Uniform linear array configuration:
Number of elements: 4
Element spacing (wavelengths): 1
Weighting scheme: hamming
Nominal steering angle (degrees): -60
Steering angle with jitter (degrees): -59.508
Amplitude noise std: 0.05
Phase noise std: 0.05

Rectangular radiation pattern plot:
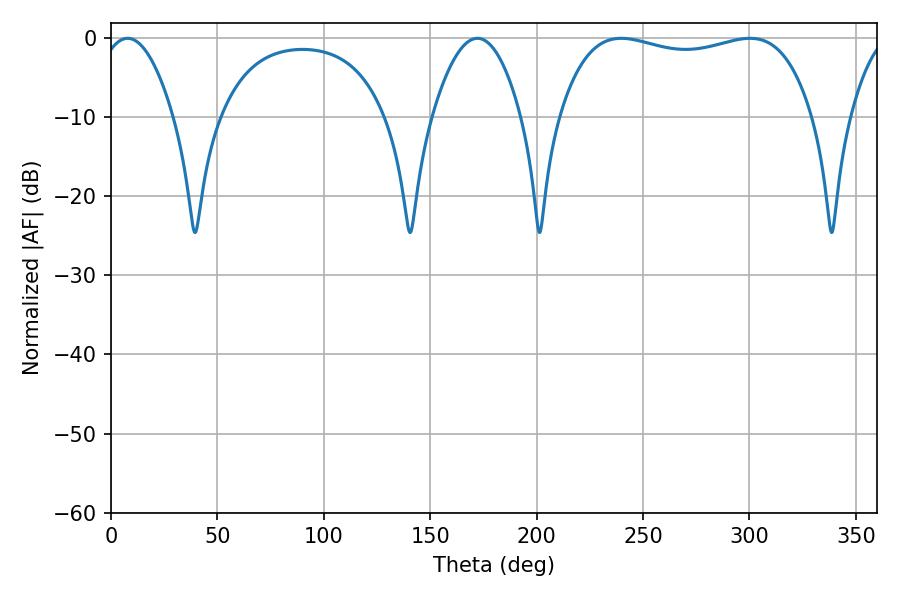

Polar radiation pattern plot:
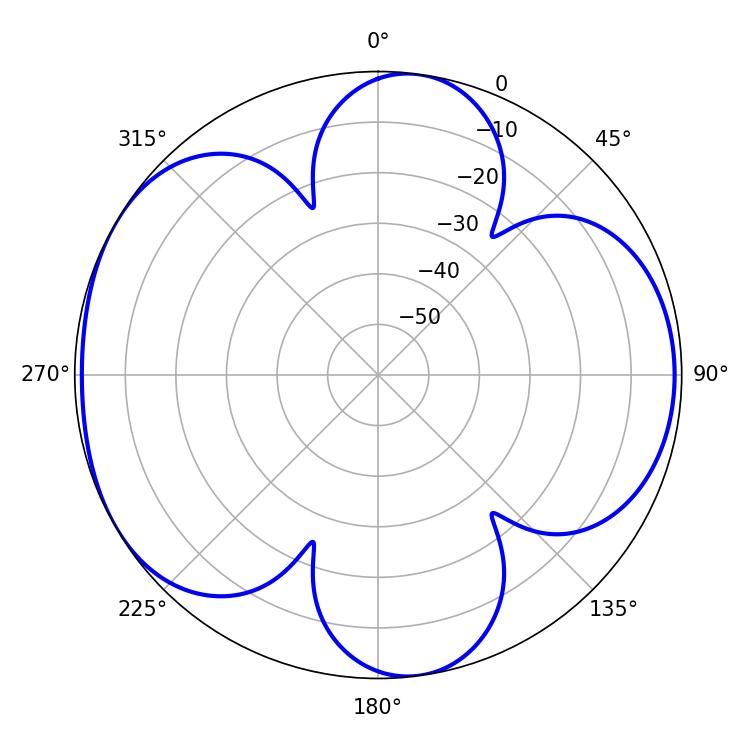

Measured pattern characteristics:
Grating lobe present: TRUE
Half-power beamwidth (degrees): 96.48
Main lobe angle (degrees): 239.76